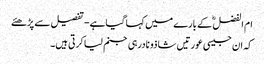
ام الفضل ؓ کے بارے میں کہا گیاہے- تفصیل سے پڑھئے
کہ ان جیسی عورتیں شاذو نادرہی جنم لیاکرتی ہیں۔